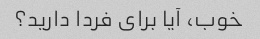
خوب، آیا برای فردا دارید؟